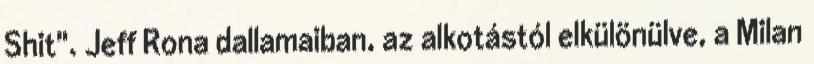
Shit". Jeff Rona dallamaiban, az alkotástól elkülönülve, a Milan